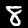
Label: 8